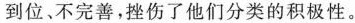
到位、不完善，挫伤了他们分类的积极性。